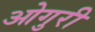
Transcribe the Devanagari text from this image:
ओगुरी